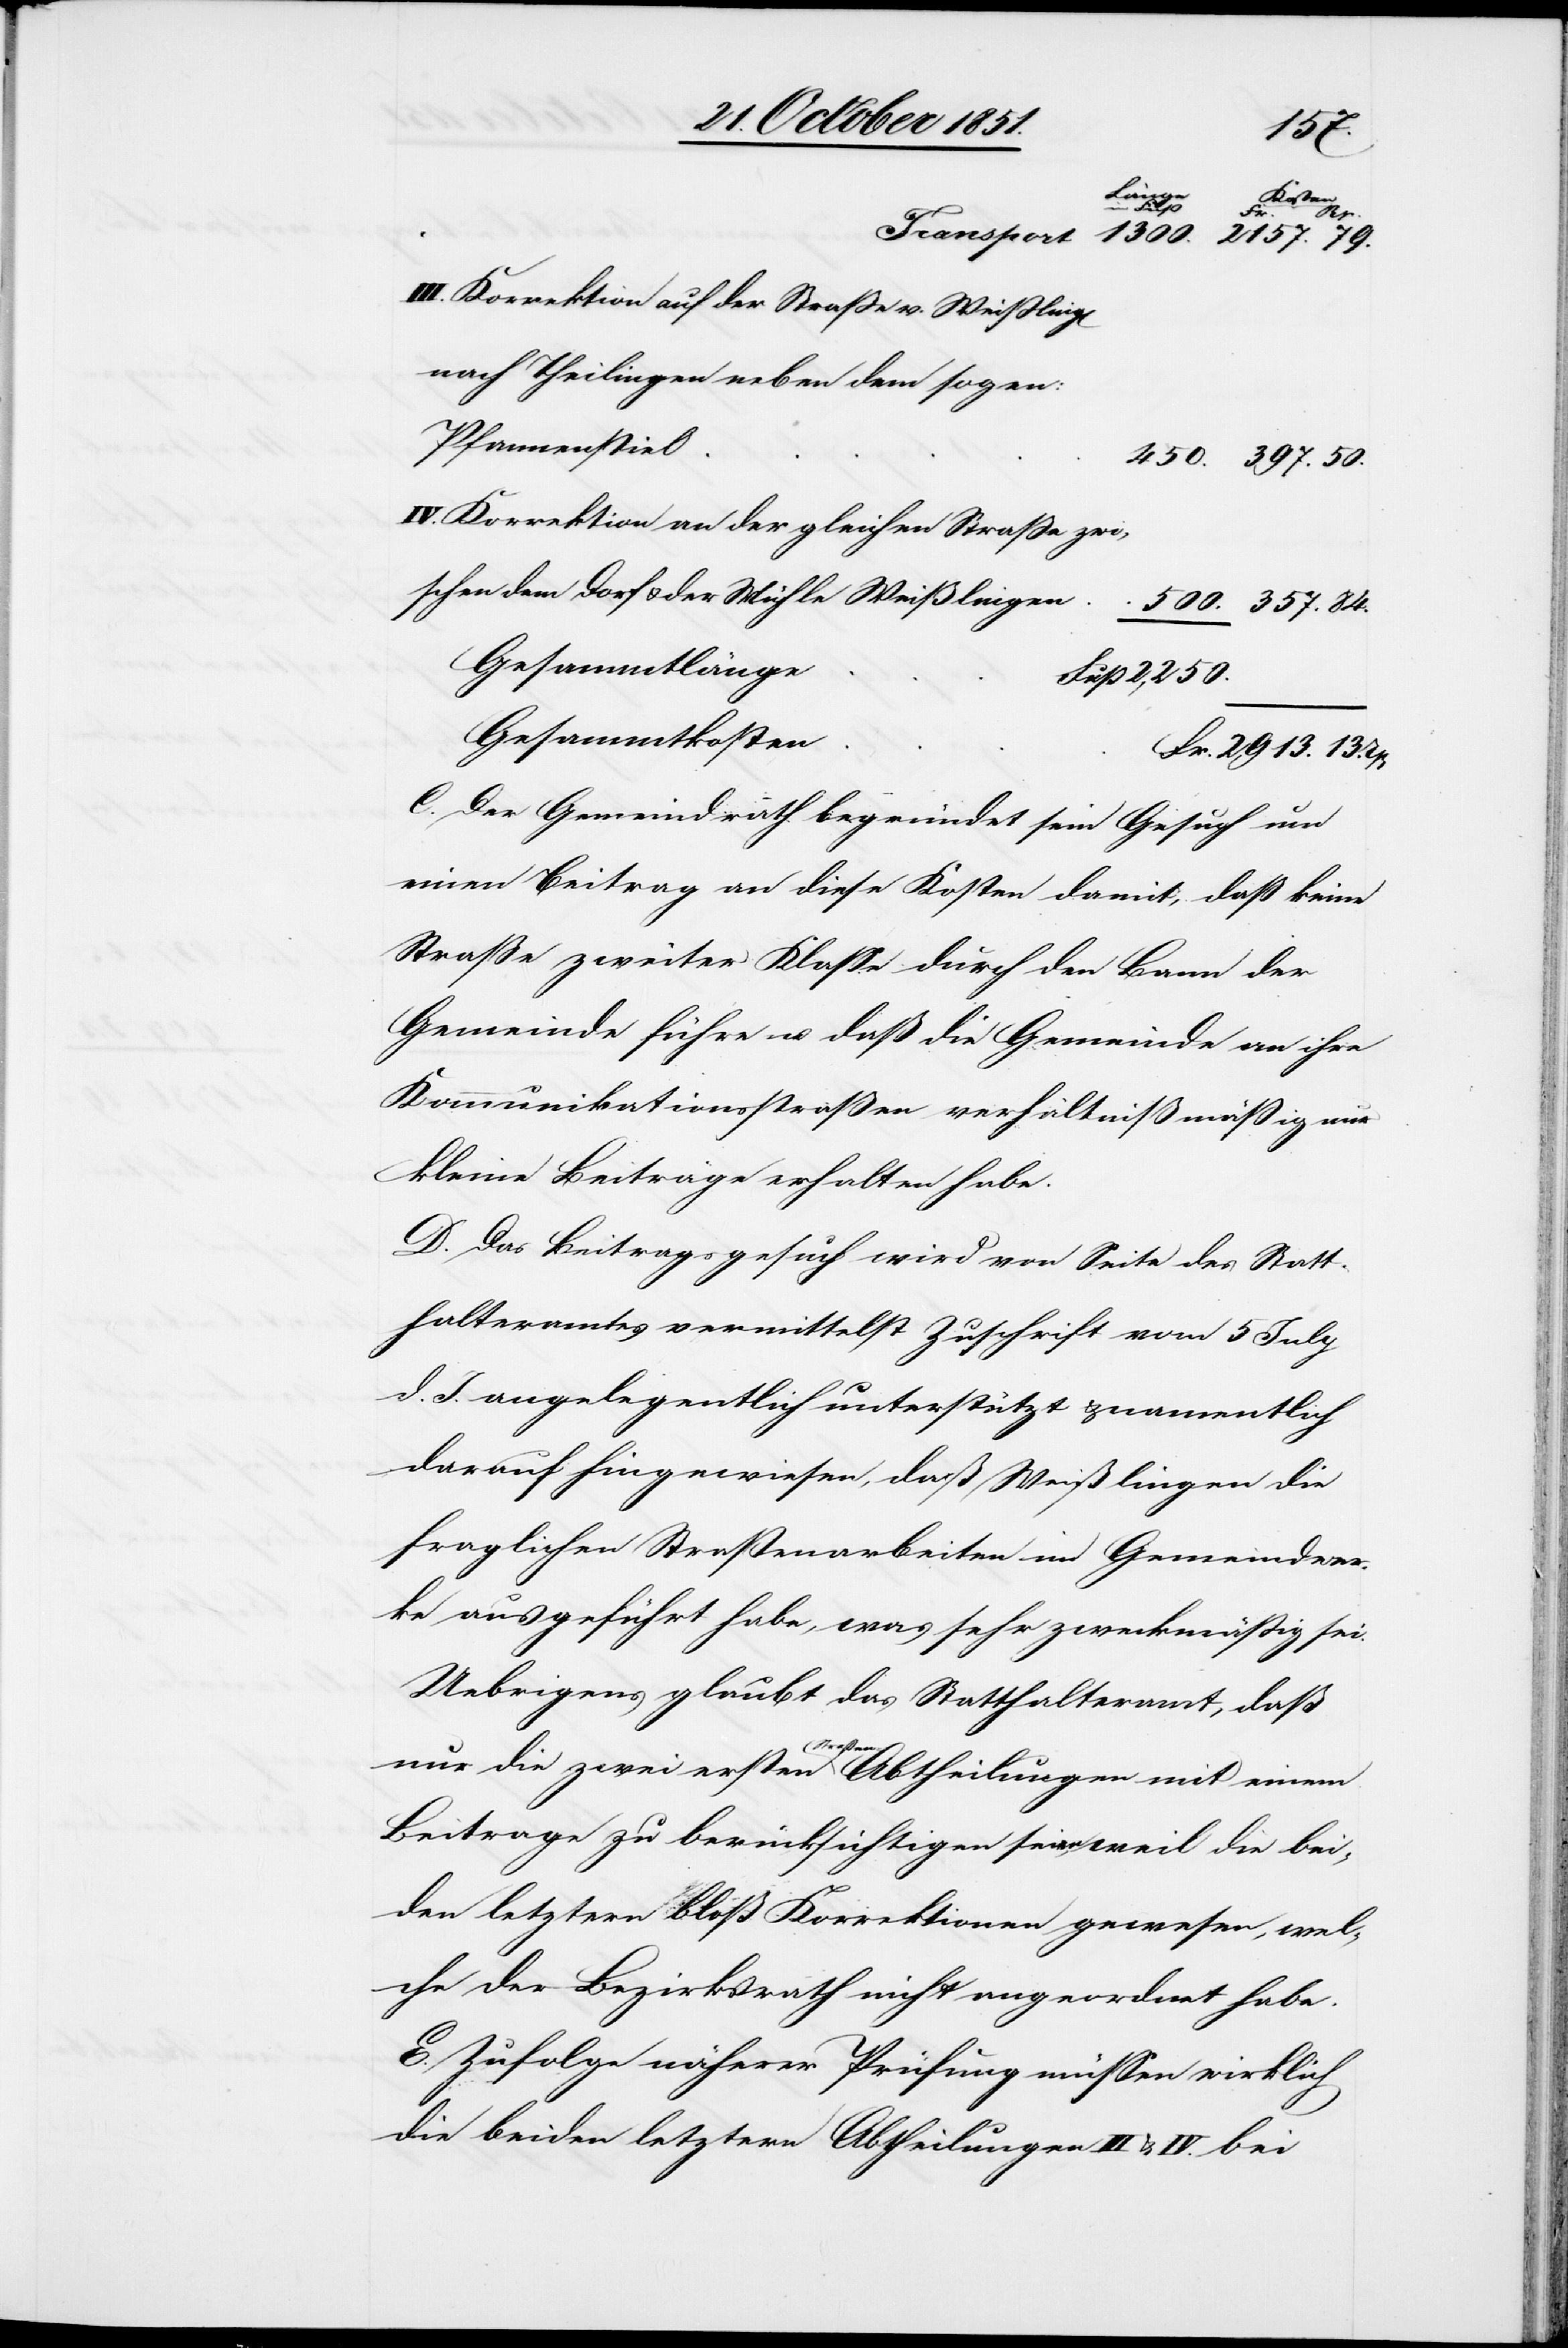
2,250.
lungen
mit einem
Korrektion auf der Straße v. Weißlin¬
nach Theilingen neben dem sogen:
Pfannenstiel
Korrektion an der gleichen Straße zwi¬
schen dem Dorf & der Mühle Weißlingen
Gesammtlänge
Gesammtkosten
2913. 13.
C. Der Gemeindrath begründet sein Gesuch um
einen Beitrag an diese Kosten damit, daß keine
Straße zweiter Klasse durch den Bann der
Gemeinde führe u. daß die Gemeinde an ihre
Kommunikationsstraßen verhältnißmäßig nur
kleine Beiträge erhalten habe.
D. Das Beitragsgesuch wird von Seite des Statt¬
halteramtes vermittelst Zuschrift vom 5 July
d. J. angelegentlich unterstützt & namentlich
darauf hingewiesen, daß Weißlingen die
fraglichen Straßenarbeiten im Gemeindwer¬
ke ausgeführt habe, was sehr zweckmäßig sei.
Uebrigens glaubt das Statthalteramt, daß
sten
Beitrage zu berücksichtigen seien, weil die bei¬
den letztern bloß Korrektionen gewesen, wel¬
che der Bezirksrath nicht angeordnet habe.
E. Zufolge näherer Prüfung müssen wirklich
die beiden letztern Abtheilungen III & IV. bei